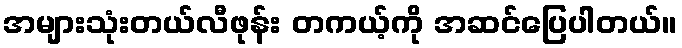
အများသုံးတယ်လီဖုန်း တကယ့်ကို အဆင်ပြေပါတယ်။